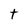
Character: t